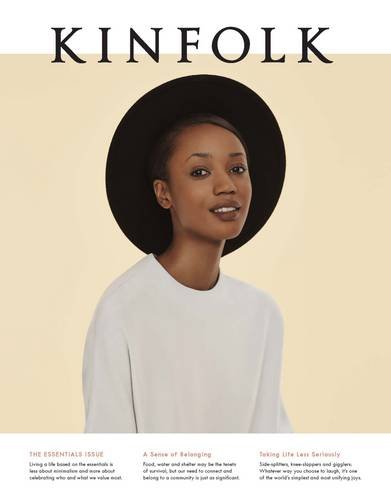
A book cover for Kinfolk Volume 16; Various; Cookbooks, Food & Wine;